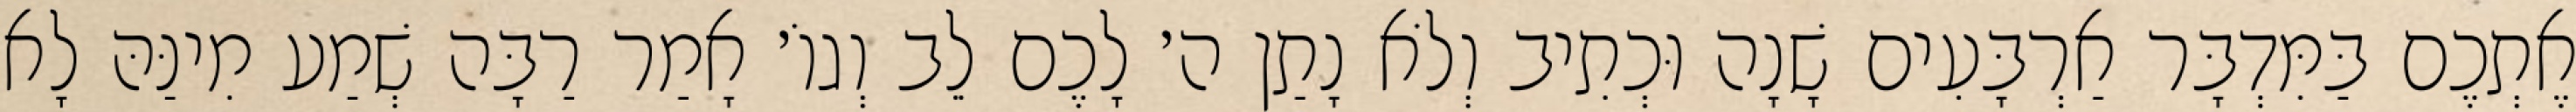
אֶתְכֶם בַּמִּדְבָּר אַרְבָּעִים שָׁנָה וּכְתִיב וְלֹא נָתַן ה׳ לָכֶם לֵב וְגוֹ׳ אָמַר רַבָּה שְׁמַע מִינַּהּ לָא